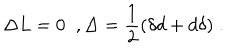
\Delta L = 0 \; \; , \Delta = \frac { 1 } { 2 } ( \delta d + d \delta ) \; .